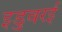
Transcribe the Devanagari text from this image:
इडुवरई